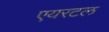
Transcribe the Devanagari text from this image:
एयरटल